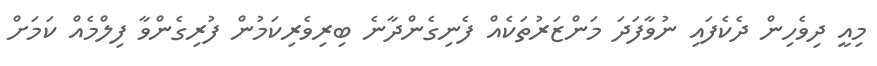
މިއީ ދިވެހިން ދެކެފައި ނުވާފަދަ މަންޒަރުތަކެއް ފެނިގެންދާނެ ބިރިވެރިކަމުން ފުރިގެންވާ ފިލްމެއް ކަމަށް